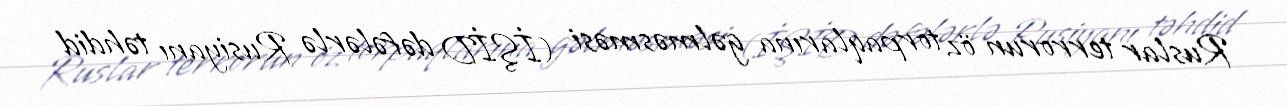
Ruslar terrorun öz torpaqlarına gəlməsməsi (İŞİD dəfələrlə Rusiyanı təhdid